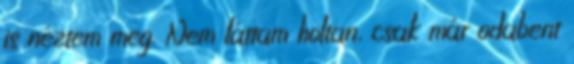
is néztem meg. Nem láttam holtan, csak már odabent